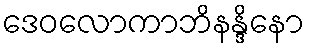
ဒေဝလောကာဘိနန္ဒိနော